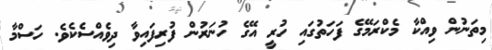
މިތަނުން ވިއްކާ މެކްރަމޭގެ ފަހަތުގައި ހުރީ އޭގެ ހުނަރުން ފުރިފައިވާ ދިވެއްސެކެވެ. ހަސްމާ